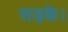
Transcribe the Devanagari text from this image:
सड़के।